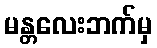
မန္တလေးဘက်မှ